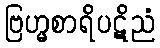
ဗြဟ္မစာရိပဋိညံ